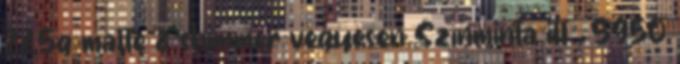
22.5g matte & shimmer vegyesen Színminta itt . 5950